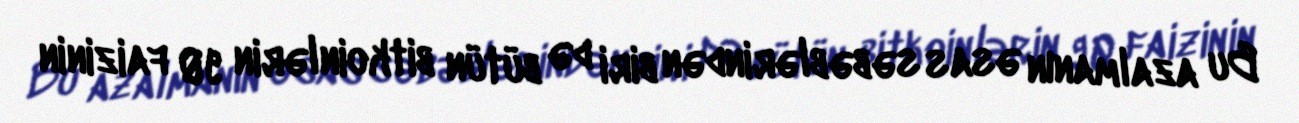
Bu azalmanın əsas səbəblərindən biri də bütün bitkoinlərin 90 faizinin